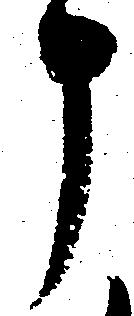
申